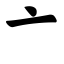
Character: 亠